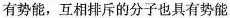
有势能，互相排斥的分子也具有势能